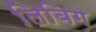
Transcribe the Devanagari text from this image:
लिबिग